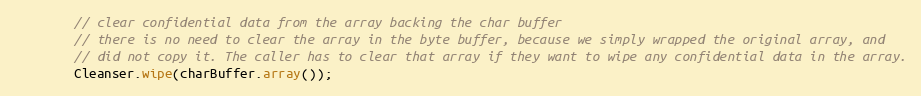
Language: Java
        // clear confidential data from the array backing the char buffer
        // there is no need to clear the array in the byte buffer, because we simply wrapped the original array, and
        // did not copy it. The caller has to clear that array if they want to wipe any confidential data in the array.
        Cleanser.wipe(charBuffer.array());